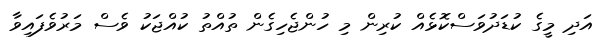
އަދި މީގެ ކުޑަދުވަސްކޮޅެއް ކުރިން މި ހުންޖެހިގެން ތުއްތު ކުއްޖަކު ވެސް މަރުވެފައިވާ